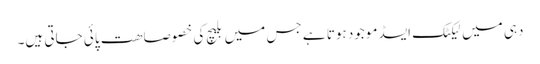
دہی میں لیکٹک ایسڈ موجود ہوتا ہے جس میں بلیچ کی خصوصاھت پائی جاتی ہیں۔